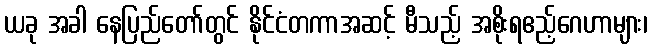
ယခု အခါ နေပြည်တော်တွင် နိုင်ငံတကာအဆင့် မီသည့် အစိုးရဧည့်ဂေဟာများ၊